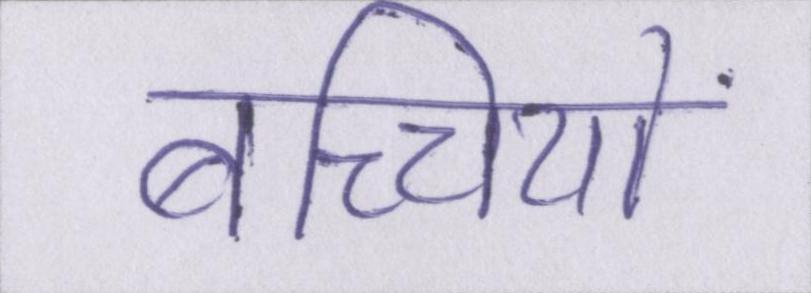
बच्चियों